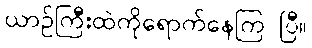
ယာဉ်ကြီးထဲကိုရောက်နေကြ ပြီ။